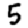
Digit: 5